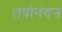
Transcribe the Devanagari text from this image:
तपोनंदन